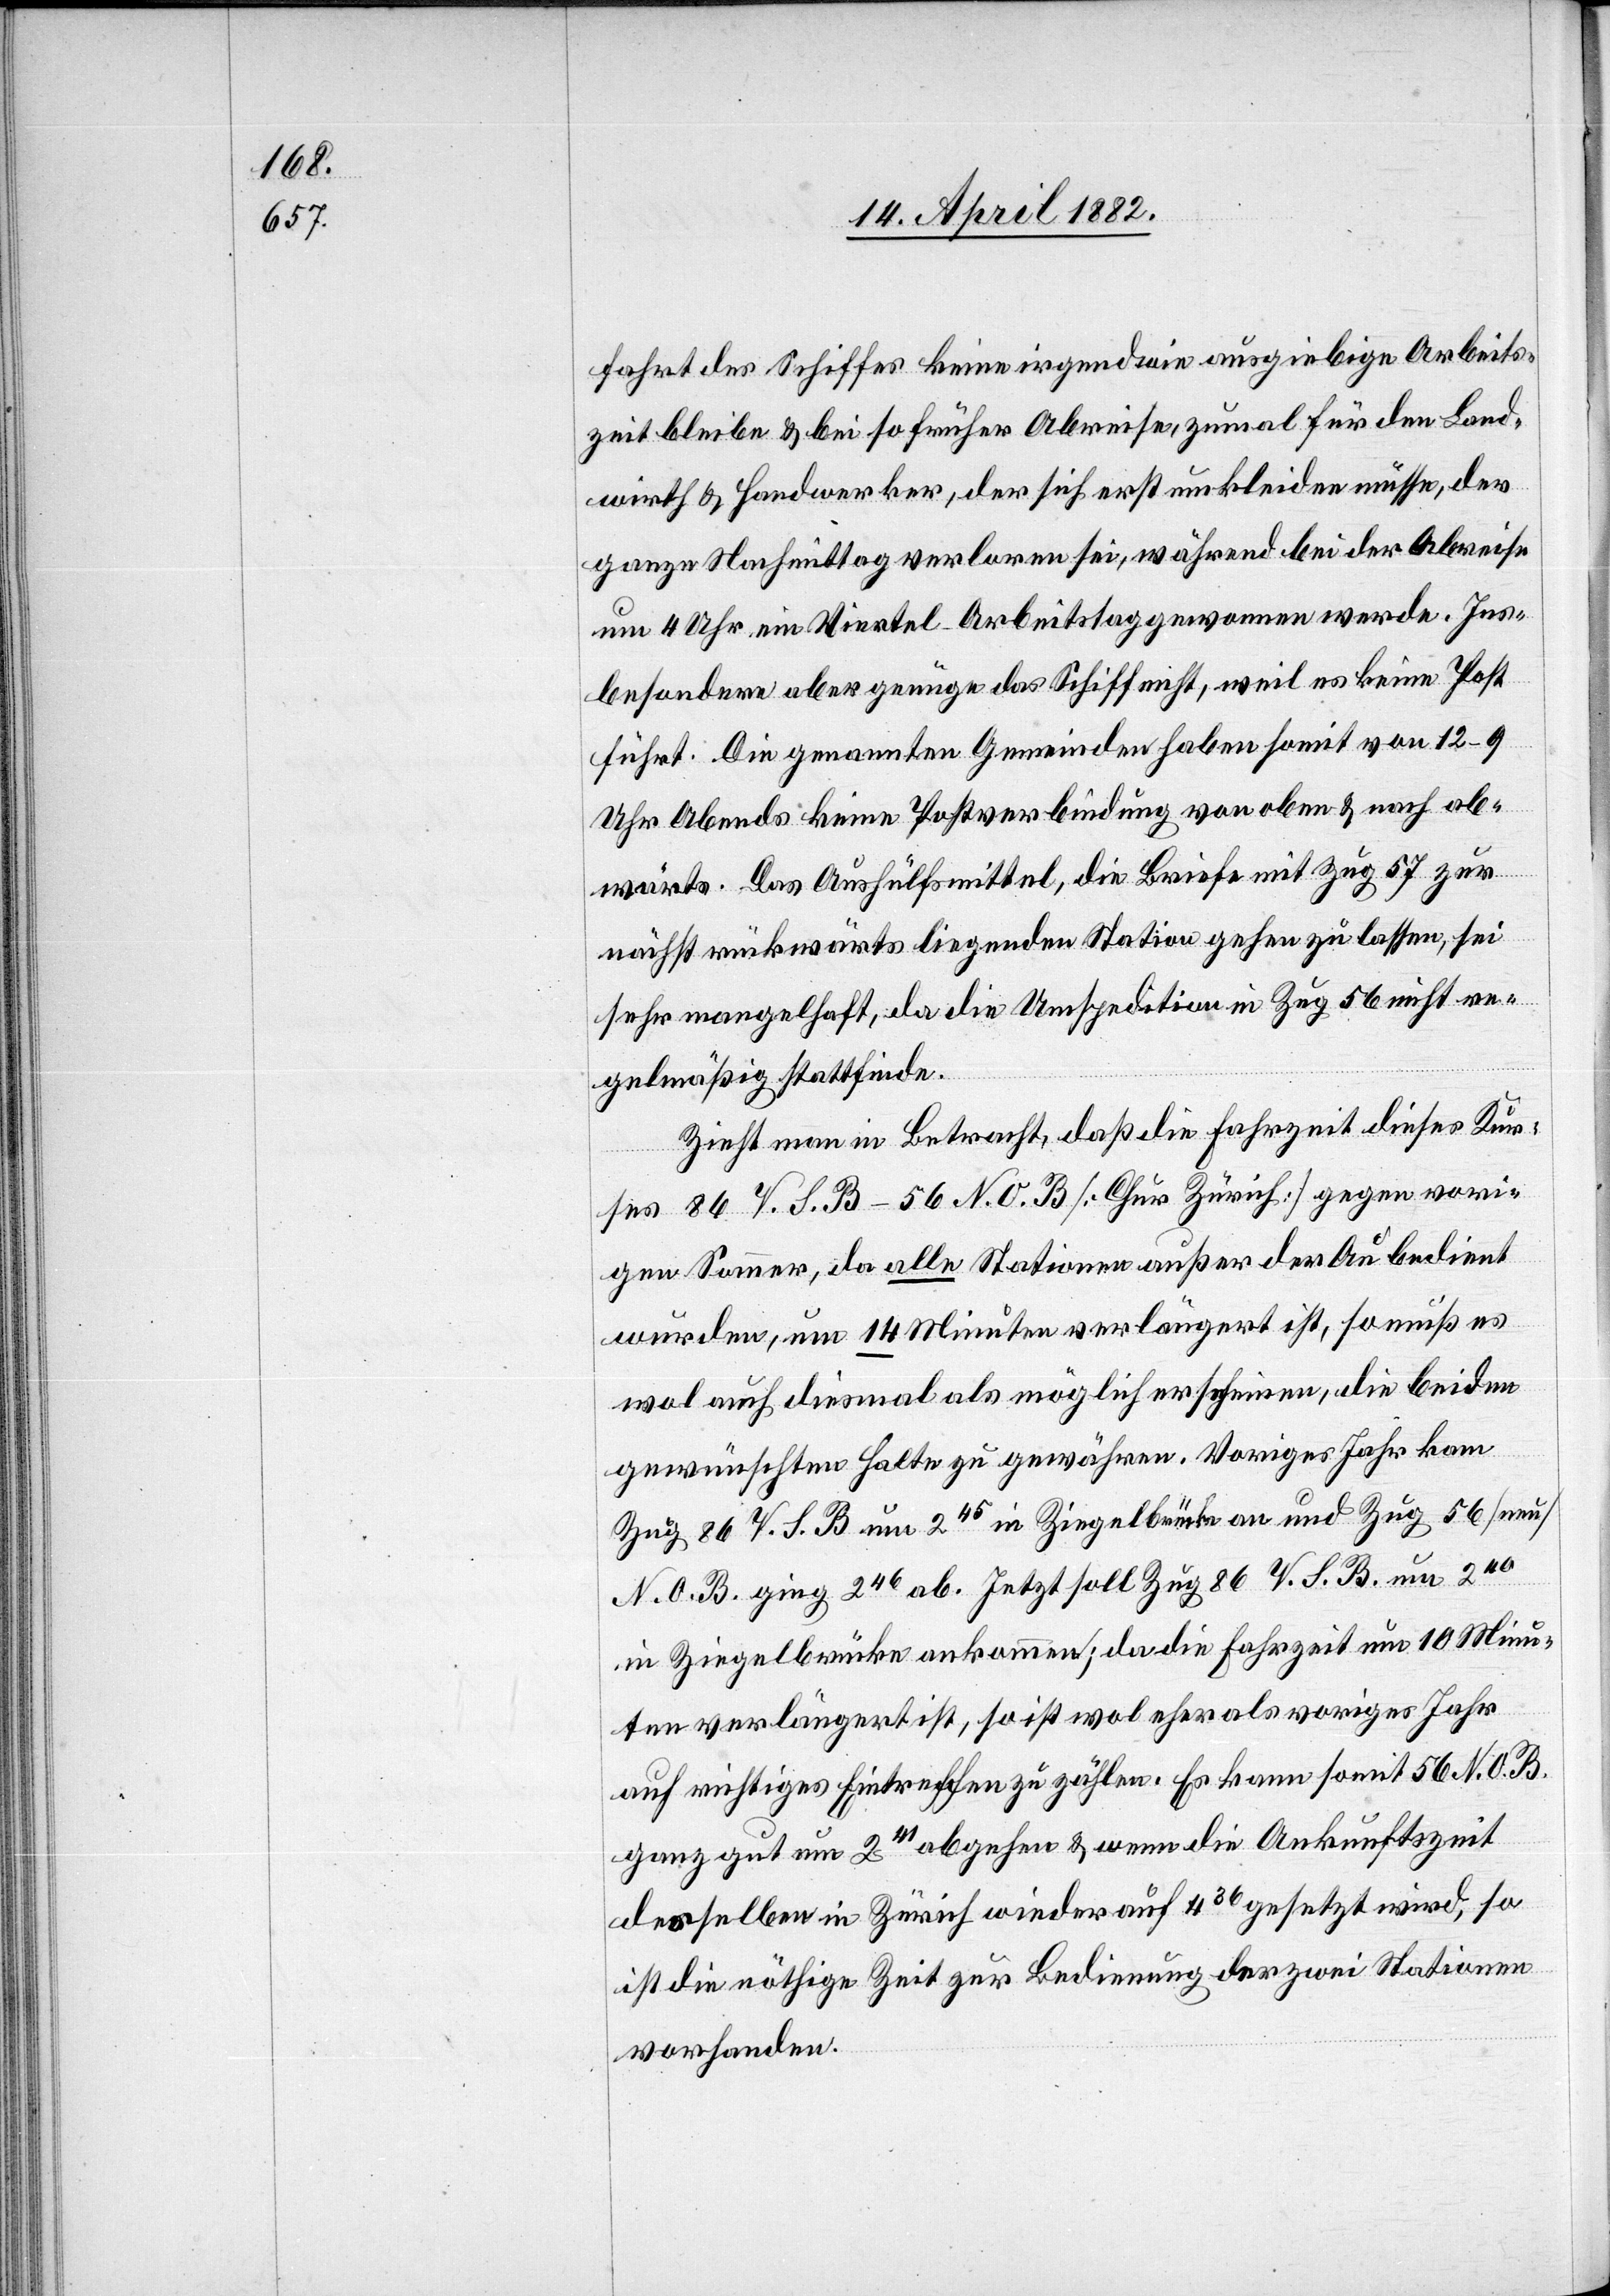
fahrt des Schiffes keine irgendwie ausgiebige Arbeits¬
zeit bleibe & bei so früher Abreise, zumal für den Land¬
wirth & Handwerker, der sich erst umkleiden müsse, der
ganze Nachmittag verloren sei, während bei der Abreise
um 4 Uhr ein Viertel Arbeitstag gewonnen werde. Ins¬
besondere aber genüge das Schiff nicht, weil es keine Post
führt. Die genannten Gemeinden haben somit von 12–9
Uhr Abends keine Postverbindung von oben & nach ab¬
wärts. Das Aushülfsmittel, die Briefe mit Zug 57 zur
nächst rückwärts liegenden Station gehen zu lassen, sei
sehr mangelhaft, da die Umspedition in Zug 56 nicht re¬
gelmäßig stattfinde.
Zieht man in Betracht, daß die Fahrzeit dieses Kur¬
ses 86 V. S. B – 56 N. O. B [Chur Zürich] gegen vori¬
gen Sommer, da alle Stationen außer der Au bedient
wurden, um 14 Minuten verlängert ist, so muß es
wol auch diesmal als möglich erscheinen, die beiden
gewünschten Halte zu gewähren. Voriges Jahr kam
Zug 86 V. S. B um 245 in Ziegelbrücke an und Zug 56 [neu]
N. O. B. ging 246 ab. Jetzt soll Zug 86 V. S. B. um 240
in Ziegelbrücke ankommen; da die Fahrzeit um 10 Minu¬
ten verlängert ist, so ist wol eher als voriges Jahr
auf richtiges Eintreffen zu zählen. Es kann somit 56 N. O. B.
ganz gut um 241 abgehen & wenn die Ankunftszeit
desselben in Zürich wieder auf 436 gesetzt wird, so
ist die nöthige Zeit zur Bedienung der zwei Stationen
vorhanden.